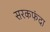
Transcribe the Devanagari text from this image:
सरकफंदा